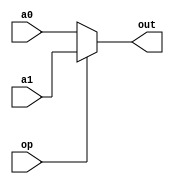
module mux(
     input  [32- 1: 0]  a0
    ,input  [32- 1: 0]  a1
    ,input              op
    ,output [32- 1: 0]  out
);

assign out = op ? a1 : a0;

endmodule